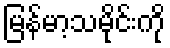
မြန်မာ့သမိုင်းကို